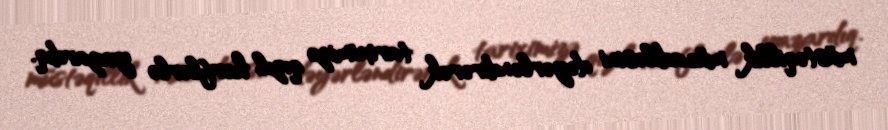
müstəqillik mücadiləsini dəyərləndirərək tariximizə qızıl hərflərlə yazardıq.